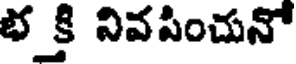
భక్తి నివపించునో